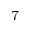
{ _ 7 }